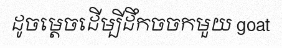
ដូចម្តេចដើម្បីដឹកចចកមួយ goat